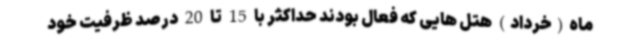
ماه(خرداد) هتل هایی که فعال بودند حداکثر با 15 تا 20 درصد ظرفیت خود